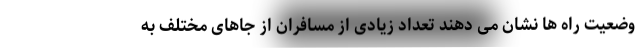
وضعیت راه ها نشان می دهند تعداد زیادی از مسافران از جاهای مختلف به